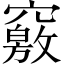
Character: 竅